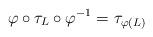
LaTeX: \begin{align*}\varphi \circ \tau_{L} \circ \varphi^{-1} = \tau_{\varphi(L)}\end{align*}